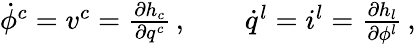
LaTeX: \begin{array}{r}{\dot{\phi}^{c}=v^{c}=\frac{\partial h_{c}}{\partial q^{c}}\, ,\qquad\dot{q}^{l}=i^{l}=\frac{\partial h_{l}}{\partial\phi^{l}}\, ,}\end{array}